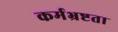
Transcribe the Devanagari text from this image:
कर्मभ्रष्टता